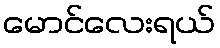
မောင်လေးရယ်